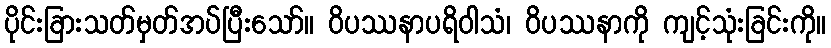
ပိုင်းခြားသတ်မှတ်အပ်ပြီးသော်။ ဝိပဿနာပရိဝါသံ၊ ဝိပဿနာကို ကျင့်သုံးခြင်းကို။